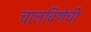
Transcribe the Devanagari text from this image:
चालविणेची